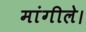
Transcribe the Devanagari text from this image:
मांगीले।